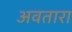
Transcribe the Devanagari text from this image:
अवतारा